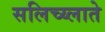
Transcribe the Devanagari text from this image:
सलिच्य्लाते